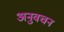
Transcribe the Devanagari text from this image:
अनुवचन